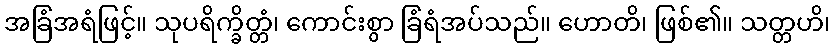
အခြံအရံဖြင့်။ သုပရိက္ခိတ္တံ၊ ကောင်းစွာ ခြံရံအပ်သည်။ ဟောတိ၊ ဖြစ်၏။ သတ္တဟိ၊